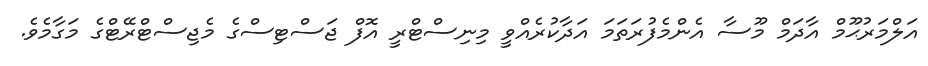
އަލްމަރުޙޫމް އާދަމް މޫސާ އެންމެފުރަތަމަ އަދާކުރެއްވީ މިނިސްޓްރީ އޮފް ޖަސްޓިސްގެ މެޖިސްޓްރޭޓްގެ މަގާމެވެ.